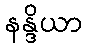
နန္ဒိယာ